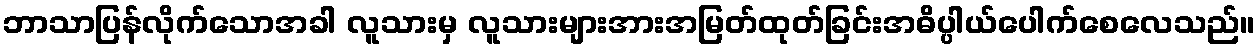
ဘာသာပြန်လိုက်သောအခါ လူသားမှ လူသားများအားအမြတ်ထုတ်ခြင်းအဓိပ္ပါယ်ပေါက်စေလေသည်။